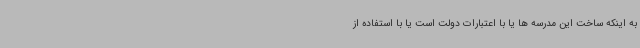
به اینکه ساخت این مدرسه ها یا با اعتبارات دولت است یا با استفاده از